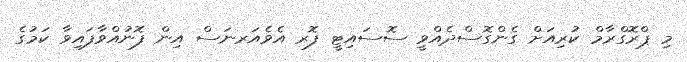
މި ޕްރޮގްރާމް ކުރިއަށް ގެންގޮސްދެއްވީ ސޮސައިޓީ ފޮރ އެވެއަރނަސް އިން ފޮނުއްވާފައިވާ ކަމުގެ